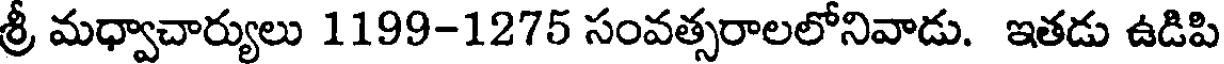
శ్రీ మధ్వాచార్యులు 1199-1275 సంవత్సరాలలోనివాడు. ఇతడు ఉడిపి